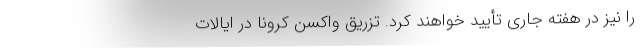
را نیز در هفتهٔ جاری تأیید خواهند کرد. تزریق واکسن کرونا در ایالات